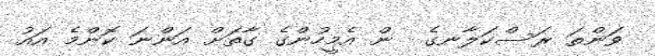
ވަންތަ ރަސްކަލާނގެ  ން އެމީހުންގެ ގާތަށް އަންނަ ކޮންމެ އައު